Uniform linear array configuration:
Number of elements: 4
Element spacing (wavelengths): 0.75
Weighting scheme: uniform
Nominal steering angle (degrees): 15
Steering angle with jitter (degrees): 15.409
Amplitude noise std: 0.05
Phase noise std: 0.05

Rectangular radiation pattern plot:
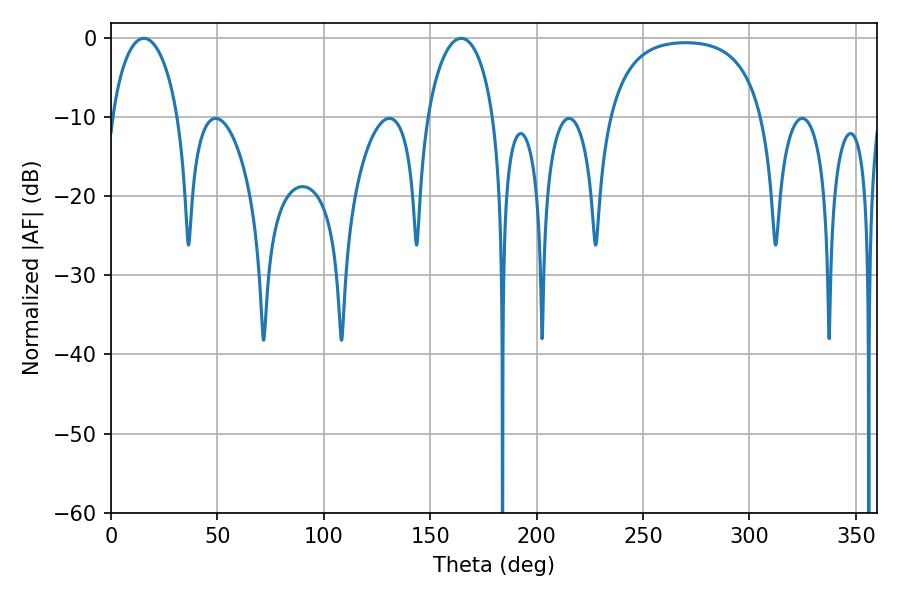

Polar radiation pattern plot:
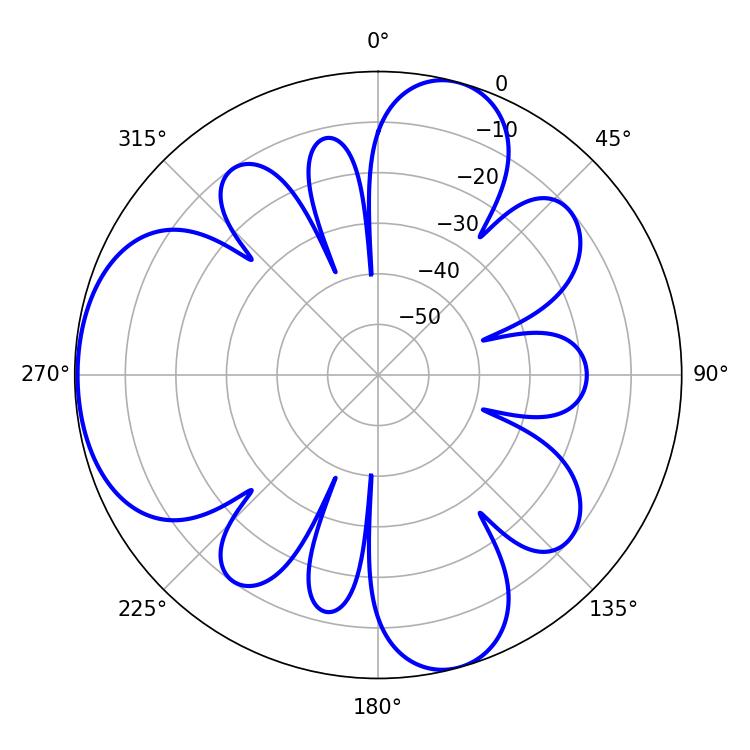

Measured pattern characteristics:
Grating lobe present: TRUE
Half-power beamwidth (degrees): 17.82
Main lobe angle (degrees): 164.52